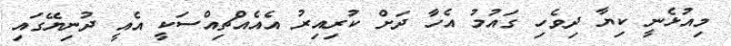
މިއުޅެނީ ކިޔާ ދިވެހި ގައުމު އެހާ ދަށް ކުރިއިރު އެއެއްޗިއްސަކީ އެއީ ދުނިޔޭގައި